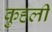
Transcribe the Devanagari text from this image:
कुहली